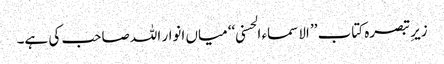
زیرِ تبصرہ کتاب ’’ الاسماء الحسنی ‘‘ میاں انوار اللہ صاحب کی ہے۔